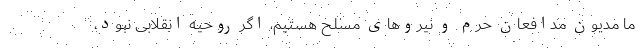
ما مدیون مدافعان حرم و نیروهای مسلح هستیم، اگر روحیه انقلابی نبود،